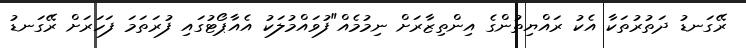
ރޭގަނޑު ދަތުރުތަކާ އެކު ރައްޔިތުންގެ އިންތިޒާރަށް ނިމުމެއް"ފުވައްމުލަކު އެއާޕޯޓުގައި ފުރަތަމަ ފަހަރަށް ރޭގަނޑު